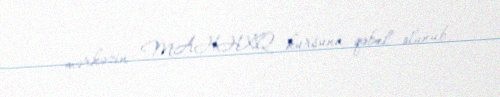
mərkəzin MAHHXQ kursuna qəbul olunub.